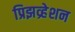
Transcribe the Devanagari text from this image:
प्रिझव्र्हेशन